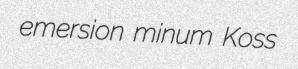
emersion minum Koss